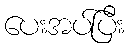
ပေးအပ်ပြီး